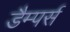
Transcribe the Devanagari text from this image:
डैम्पर्स